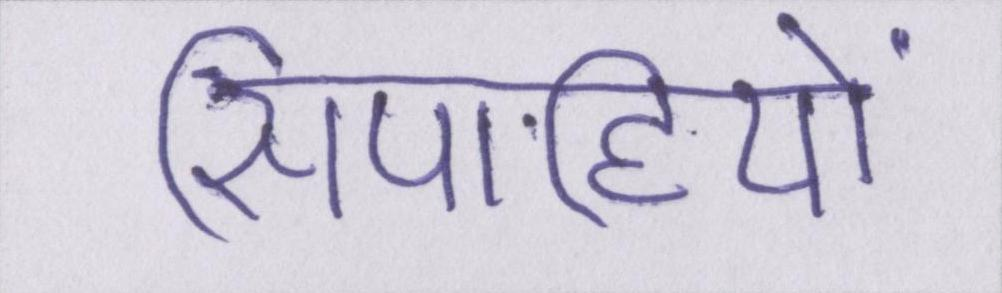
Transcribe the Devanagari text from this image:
सिपाहियों